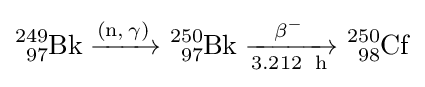
{\ce {^{249}_{97}Bk ->[{\ce {(n,\gamma)}}] ^{250}_{97}Bk ->[\beta^-][3.212 \ {\ce {h}}] ^{250}_{98}Cf}}